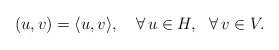
\begin{align*}(u,v)=\langle u,v\rangle,\ \ \ \forall\,u\in H,\ \ \forall\,v\in V.\end{align*}